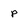
Character: p